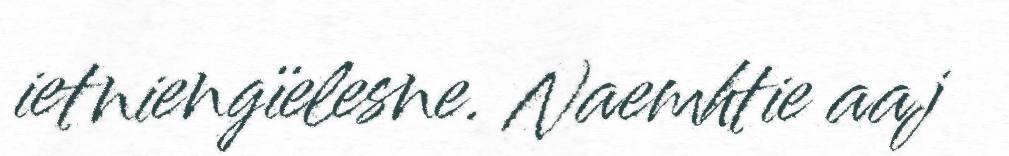
ietniengïelesne. Naemhtie aaj